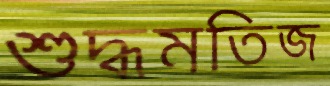
শুদ্ধমতিজ